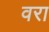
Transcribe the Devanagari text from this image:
वरा